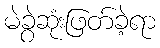
မဲခွဲဆုံးဖြတ်ခဲ့ရာ